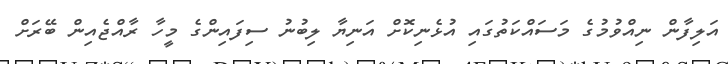
އަލިފާން ނިއްވުމުގެ މަސައްކަތުގައި އުޅެނިކޮށް އަނިޔާ ލިބުނު ސިފައިންގެ މީހާ ރާއްޖެއިން ބޭރަށް